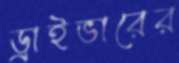
ড্রাইভারের